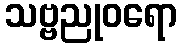
သဗ္ဗညုဝရော